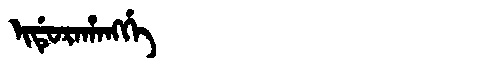
Manchu: ᡳᡩᡠᡵᠠᡥᠠᠩᡤᡝ
Romanization: IDURAHANGGE